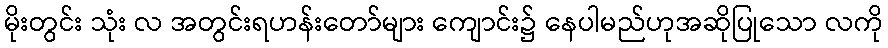
မိုးတွင်း သုံး လ အတွင်းရဟန်းတော်များ ကျောင်း၌ နေပါမည်ဟုအဆိုပြုသော လကို